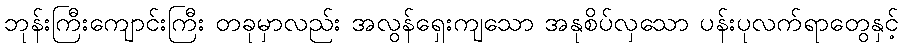
ဘုန်းကြီးကျောင်းကြီး တခုမှာလည်း အလွန်ရှေးကျသော အနုစိပ်လှသော ပန်းပုလက်ရာတွေနှင့်